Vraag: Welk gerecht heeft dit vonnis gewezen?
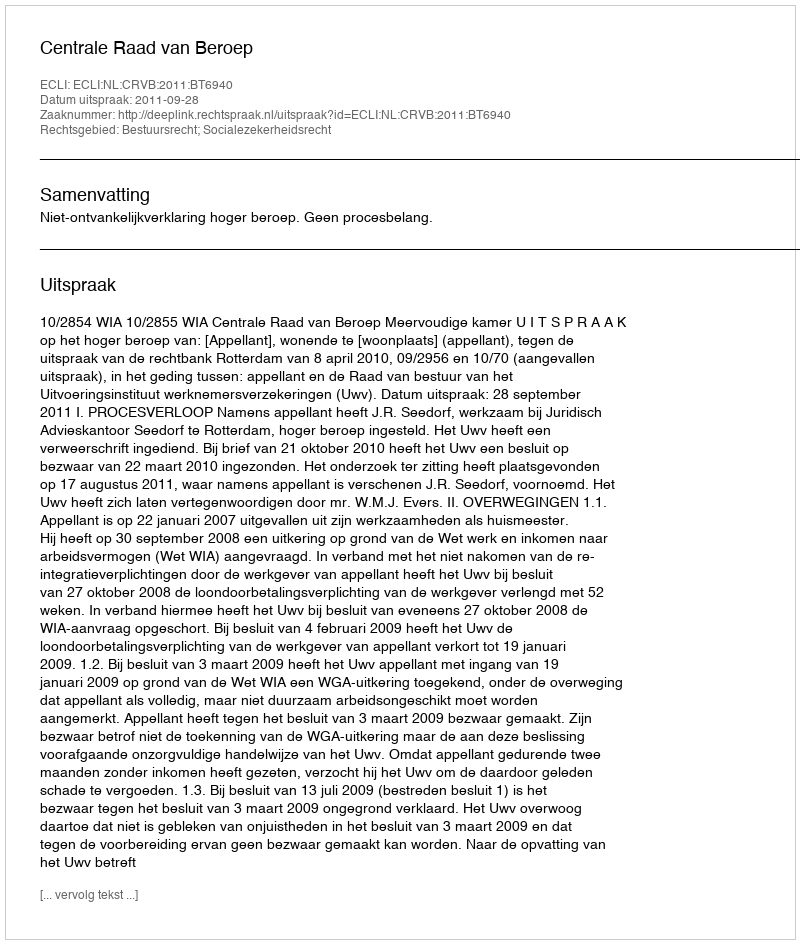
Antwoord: Centrale Raad van Beroep